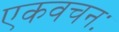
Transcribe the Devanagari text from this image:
एकवचनः